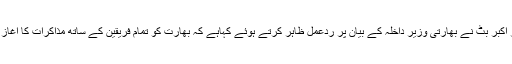
دریں اثناء سالویشن مومنٹ کے چیئرمین ظفر اکبر بٹ نے بھارتی وزیر داخلہ کے بیان پر ردعمل ظاہر کرتے ہوئے کہاہے کہ بھارت کو تمام فریقین کے ساتھ مذاکرات کا آغاز کرنے کے لئے عملی اقدامات کرنے چاہیے۔